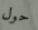
حول